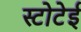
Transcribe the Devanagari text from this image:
स्टोटेई